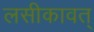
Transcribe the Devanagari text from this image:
लसीकावत्